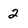
Character: 2